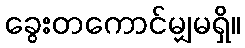
ခွေးတကောင်မျှမရှိ။